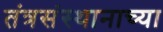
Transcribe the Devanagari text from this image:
तंत्रसंस्थानाच्या